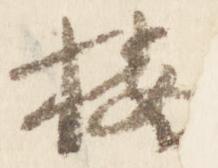
按